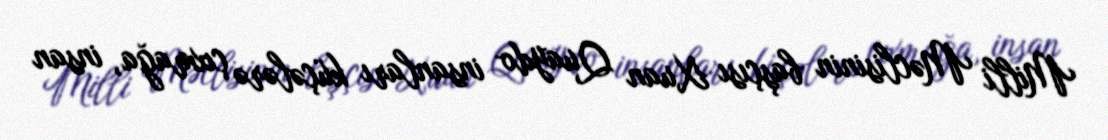
Milli Məclisinin başçısı Xuan Quaydo insanları küçələrə çıxmağa, insan